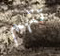
تتهم